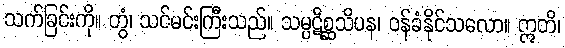
သက်ခြင်းကို။ တွံ၊ သင်မင်းကြီးသည်။ သမ္ပဋိစ္ဆသိပန၊ ဝန်ခံနိုင်သလော။ ဣတိ၊